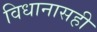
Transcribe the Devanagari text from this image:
विधानासही